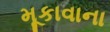
મૂકાવાના